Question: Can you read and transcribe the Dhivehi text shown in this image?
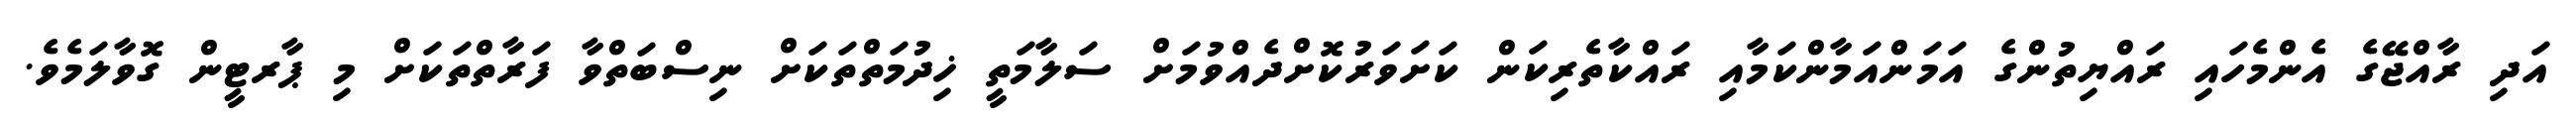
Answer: އަދި ރާއްޖޭގެ އެންމެހައި ރައްޔިތުންގެ އަމަންއަމާންކަމާއި ރައްކާތެރިކަން ކަށަވަރުކޮށްދެއްވުމަށް ސަލާމަތީ ޚިދުމަތްތަކަށް ނިސްބަތްވާ ފަރާތްތަކަށް މި ޕާރޓީން ގޮވާލަމެވެ.